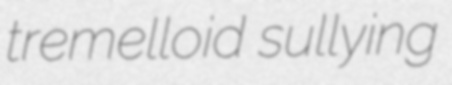
tremelloid sullying